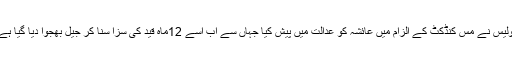
پولیس نے مس کنڈکٹ کے الزام میں عائشہ کو عدالت میں پیش کیا جہاں سے اب اسے 12ماہ قید کی سزا سنا کر جیل بھجوا دیا گیا ہے۔